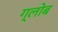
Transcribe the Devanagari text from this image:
ग्‍लोब